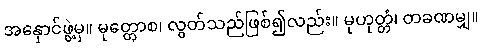
အနှောင်ဖွဲ့မှ။ မုတ္တောစ၊ လွတ်သည်ဖြစ်၍လည်း။ မုဟုတ္တံ၊ တခဏမျှ။